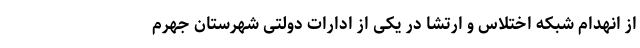
از انهدام شبکه اختلاس و ارتشا در یکی از ادارات دولتی شهرستان جهرم